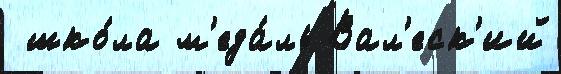
 шко́ла м'еда́ль Вал'еск'ий